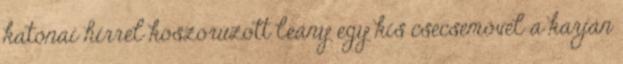
katonai hírrel koszorúzott leány egy kis csecsemővel a karján